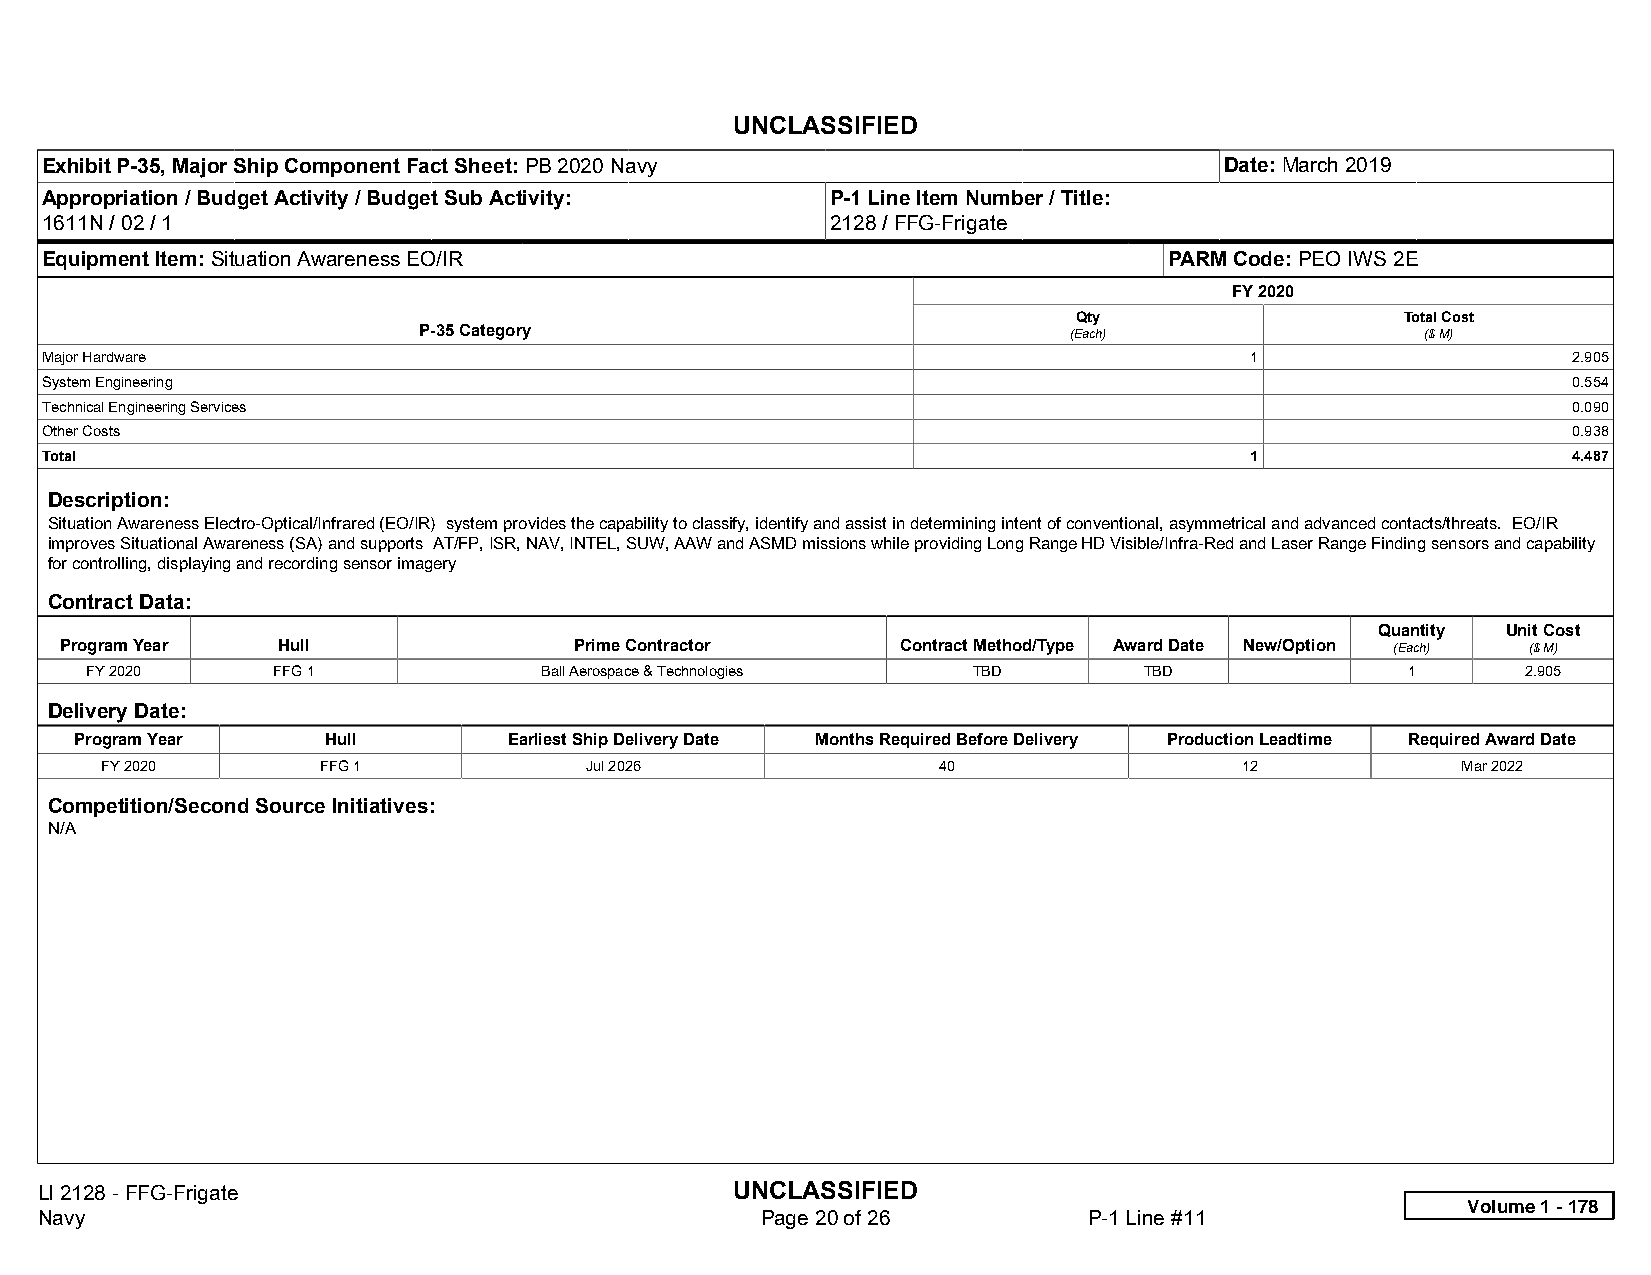
UNCLASSIFIED
 Exhibit P-35, Major Ship Component Fact Sheet: PB 2020 Navy                   Date: March 2019
 Appropriation / Budget Activity / Budget Sub Activity: P-1 Line Item Number / Title:
 1611N / 02 / 1                                      2128 / FFG-Frigate
 Equipment Item: Situation Awareness EO/IR                                 PARM Code: PEO IWS 2E
 FY 2020
 Qty                   Total Cost
 P-35 Category                              (Each)                 ($ M)
 Major Hardware                                                                  1                    2.905
 System Engineering                                                                                   0.554
 Technical Engineering Services                                                                       0.090
 Other Costs                                                                                          0.938
 Total                                                                           1                    4.487
 Description:
 Situation Awareness Electro-Optical/Infrared (EO/IR) system provides the capability to classify, identify and assist in determining intent of conventional, asymmetrical and advanced contacts/threats. EO/IR
 improves Situational Awareness (SA) and supports AT/FP, ISR, NAV, INTEL, SUW, AAW and ASMD missions while providing Long Range HD Visible/Infra-Red and Laser Range Finding sensors and capability
 for controlling, displaying and recording sensor imagery
 Contract Data:
 Quantity Unit Cost
 Program Year  Hull                Prime Contractor      Contract Method/Type Award Date New/Option (Each) ($ M)
 FY 2020     FFG 1             Ball Aerospace & Technologies TBD       TBD              1       2.905
 Delivery Date:
 Program Year    Hull         Earliest Ship Delivery Date Months Required Before Delivery Production Leadtime Required Award Date
 FY 2020       FFG 1             Jul 2026               40                  12             Mar 2022
 Competition/Second Source Initiatives:
 N/A
 LI 2128 - FFG-Frigate                          UNCLASSIFIED
 Volume 1 - 178
 Navy                                            Page 20 of 26         P-1 Line #11